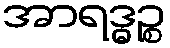
အာရဒ္ဓဉ္စ